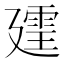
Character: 𪪲